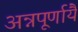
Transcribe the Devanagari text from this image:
अन्नपूर्णायै